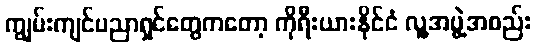
ကျွမ်းကျင်ပညာရှင်တွေကတော့ ကိုရီးယားနိုင်ငံ လူ့အဖွဲ့အစည်း